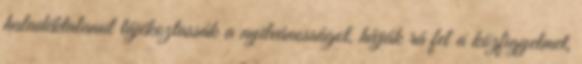
haladéktalanul tájékoztassák a nyilvánosságot, hívják rá fel a közfigyelmet,